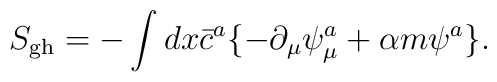
S_{\rm gh} = - \int dx \bar{c}^a \{-\partial_{\mu}\psi^a_{\mu} + \alpha m \psi^a \}.